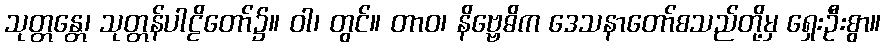
သုတ္တန္တေ၊ သုတ္တန်ပါဠိတော်၌။ ဝါ၊ တွင်။ တာဝ၊ နိဗ္ဗေဓိက ဒေသနာတော်စသည်တို့မှ ရှေးဦးစွာ။